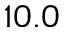
1 0 . 0